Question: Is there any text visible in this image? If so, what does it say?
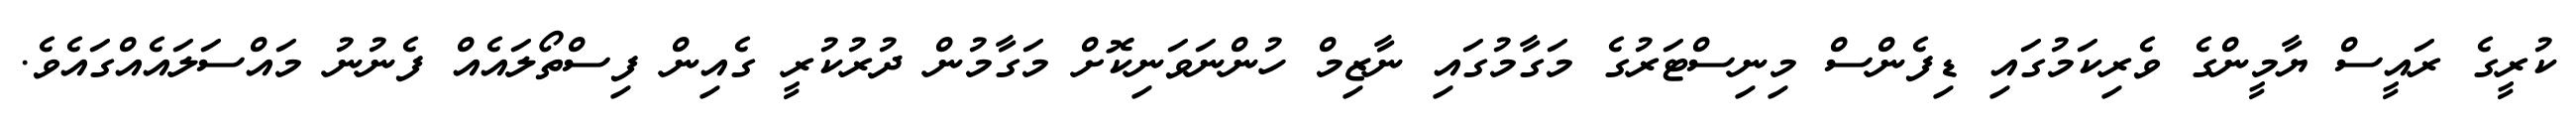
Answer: ކުރީގެ ރައީސް ޔާމީންގެ ވެރިކަމުގައި ޑިފެންސް މިނިސްޓަރުގެ މަގާމުގައި ނާޒިމް ހުންނަވަނިކޮށް މަގާމުން ދުރުކުރީ ގެއިން ފިސްތޯލައެއް ފެނުނު މައްސަލައެއްގައެވެ.